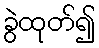
ခွဲထုတ်၍